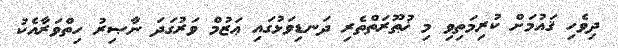
ދިވެހި ޤައުމަށް ކުރިމަތިވި މި ޚުޠޫރަތްތެރި ދަނޑިވަޅުގައި ޢަޒުމް ވަރުގަދަ ނާޞިރު ހިތްވަރާއެކު